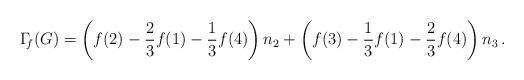
LaTeX: \begin{align*}\Gamma_{\!\! f}(G)&= \left(f(2) -\frac{2}{3}f(1) -\frac{1}{3}f(4)\right) n_2 + \left(f(3) -\frac{1}{3}f(1) -\frac{2}{3}f(4)\right) n_3\,.\end{align*}